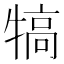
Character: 犒